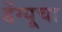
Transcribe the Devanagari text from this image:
डेंग्यूचा